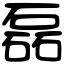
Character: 磊